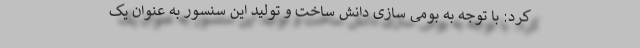
کرد: با توجه به بومی سازی دانش ساخت و تولید این سنسور به عنوان یک